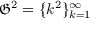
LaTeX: { \mathfrak { G } } ^ { 2 } = \{ k ^ { 2 } \} _ { k = 1 } ^ { \infty }